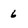
Character: 6